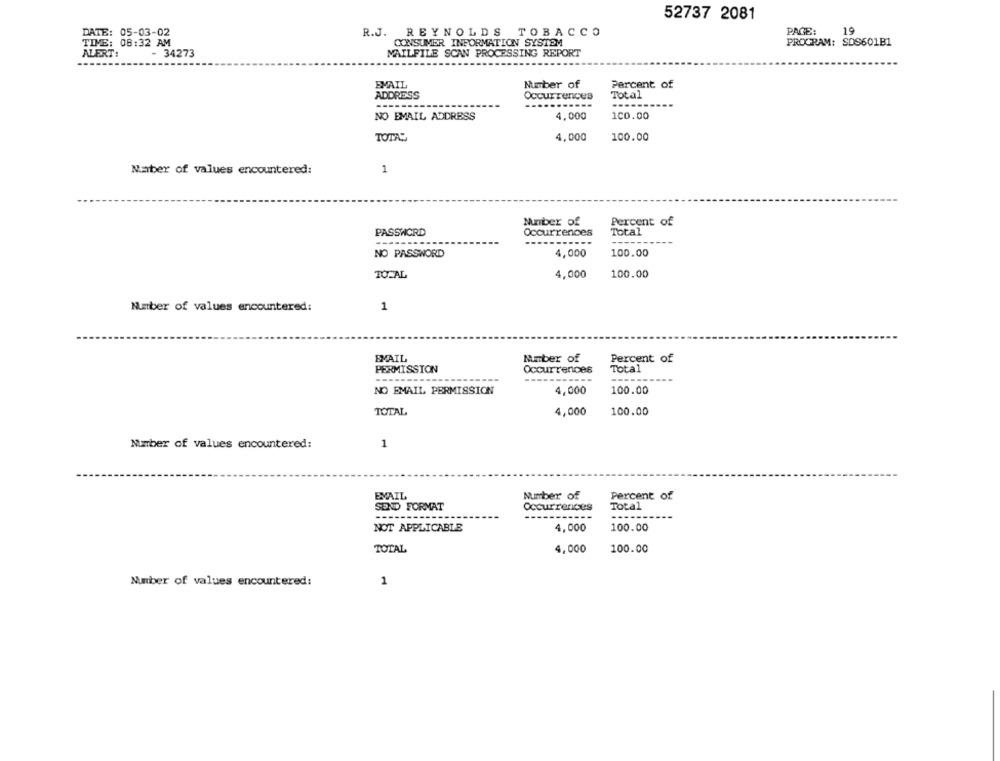
52737 2081
PAGE:
19
DATE: 05-03-02
R.J. REYNOLDS TOBACCO
TIME: 08:32 AM
CONSUMER INFORMATION SYSTEM
PROGRAM: SOS601B1
ALERT:
- 34273
MAILFILE SCAN PROCESSING REPORT
EMAIL
Number of
Percent of
ADDRESS
Occurrences
Total
--------
......
-----
NO EMAIL ADDRESS
4,000
100.00
TOTAL
4,000
100.00
Maber of values encountered:
1
Percent of
Number of
PASSWORD
Occurrences
Total
---......
.......
NO PASSWORD
4,000
100.00
TOTAL
4,000
100.00
Number of values encountered:
1
EMAIL
Mmber of
Percent of
PERMISSION
Occurrences
Total
------
NO EMAIL PERMISSION
4,000
100.00
TOTAL
4,000
100.00
Number of values encountered:
1
EMAIL
Number of
Percent of
SEND FORMAT
Occurrences
Total
---
---
-----
NOT APPLICABLE
4,000
100.00
TOTAL
4,000
100.00
Number of values encountered:
1